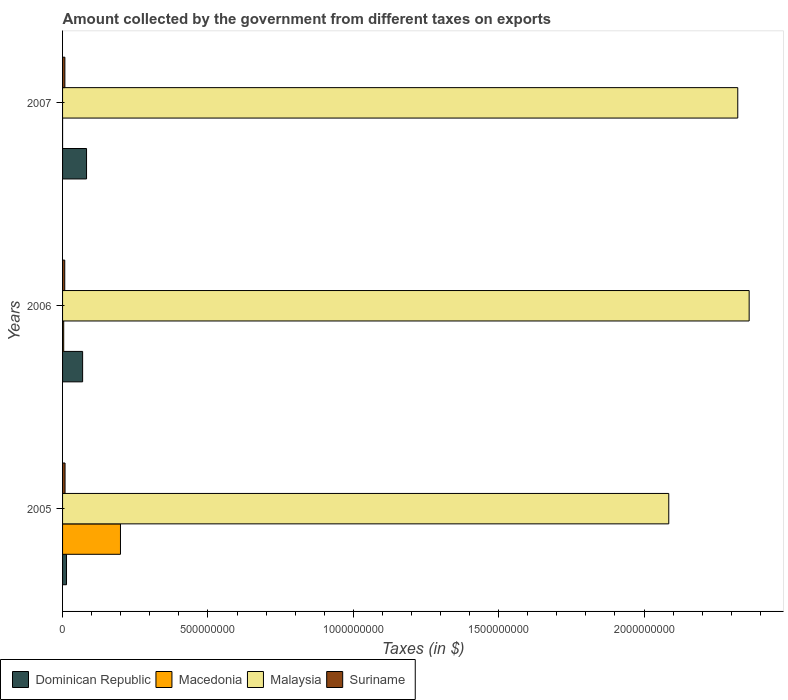
| Years | Dominican Republic | Macedonia | Malaysia | Suriname |
 | --- | --- | --- | --- | --- |
 | 2005 | 1.36e+07 | 1.99e+08 | 2.08e+09 | 8.52e+06 |
 | 2006 | 6.9e+07 | 3.9e+06 | 2.36e+09 | 7.49e+06 |
 | 2007 | 8.25e+07 | 1.31e+04 | 2.32e+09 | 7.95e+06 |